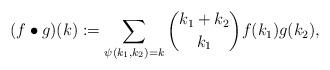
LaTeX: \begin{align*}(f\bullet g)(k):=\sum_{\psi(k_1,k_2)=k}{k_1+k_2\choose k_1}f(k_1)g(k_2), \end{align*}